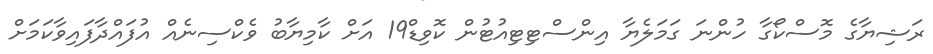
ރަޝިޔާގެ މޮސްކޯގާ ހުންނަ ގަމަލެޔާ އިންސްޓިޓިއުޓުން ކޮވިޑް19 އަށް ކާމިޔާބު ވެކްސިނެއް އުފައްދާފައިވާކަމަށް